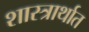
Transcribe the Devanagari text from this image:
शास्त्रार्थात